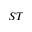
S T